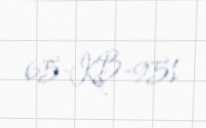
65-KB-951